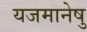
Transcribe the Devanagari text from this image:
यजमानेषु